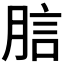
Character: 𧦗